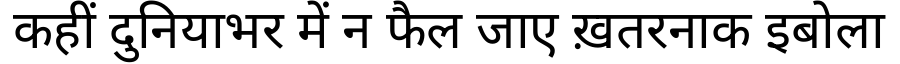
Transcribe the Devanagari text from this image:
कहीं दुनियाभर में न फैल जाए ख़तरनाक इबोला